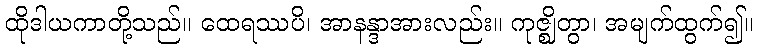
ထိုဒါယကာတို့သည်။ ထေရဿပိ၊ အာနန္ဒာအားလည်း။ ကုဇ္ဈိတွာ၊ အမျက်ထွက်၍။